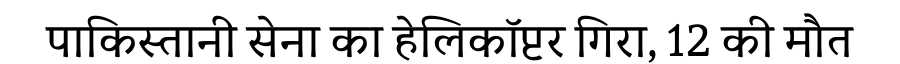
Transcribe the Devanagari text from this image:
पाकिस्तानी सेना का हेलिकॉप्टर गिरा, 12 की मौत